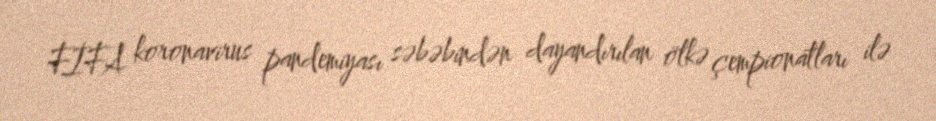
FİFA koronavirus pandemiyası səbəbindən dayandırılan ölkə çempionatları ilə